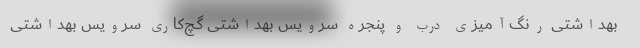
بهداشتی رنگ‌آمیزی درب و پنجره سرویس بهداشتی گچ‌کاری سرویس بهداشتی